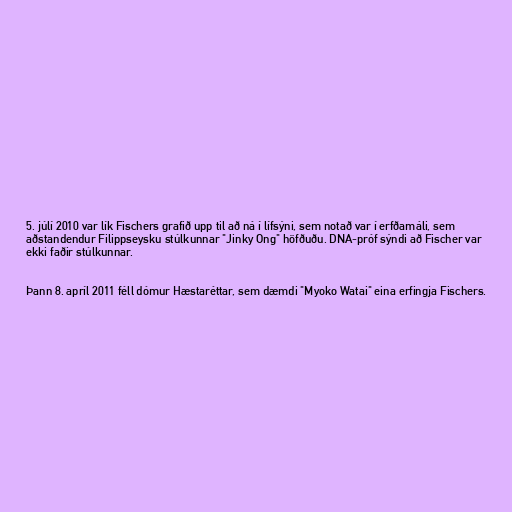
5. júlí 2010 var lík Fischers grafið upp til að ná í lífsýni, sem notað var í erfðamáli, sem
aðstandendur Filippseysku stúlkunnar "Jinky Ong" höfðuðu. DNA-próf sýndi að Fischer var
ekki faðir stúlkunnar.

Þann 8. apríl 2011 féll dómur Hæstaréttar, sem dæmdi "Myoko Watai" eina erfingja Fischers.